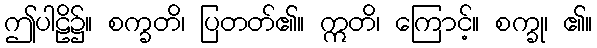
ဤပါဠိ၌။ စက္ခတိ၊ ပြတတ်၏။ ဣတိ၊ ကြောင့်။ စက္ခု၊ ၏။